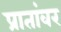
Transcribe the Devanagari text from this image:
प्रातांवर